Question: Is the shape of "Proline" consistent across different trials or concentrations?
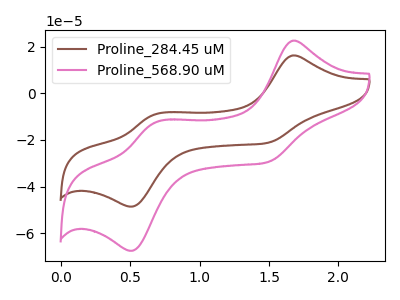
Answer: <think>The brown curve "Proline_284.45 uM" has anodic peaks at (1.65V, 16.25uA) (0.70V, -9.00uA) and cathodic peaks at (1.50V, -21.20uA) (0.50V, -48.55uA). The pink curve "Proline_568.90 uM" has anodic peaks at (1.65V, 22.60uA) (0.70V, -12.50uA) and cathodic peaks at (1.50V, -29.50uA) (0.50V, -67.50uA).
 All the peaks in "Proline_284.45 uM" have a peak in "Proline_568.90 uM" at the same potential.</think>
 <answer>All the CV's of "Proline" have similar shape.</answer>
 <eval>follow_rule</eval>